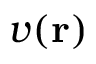
v ( \mathbf { r } )